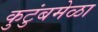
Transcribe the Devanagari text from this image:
कुटुंबमेळा